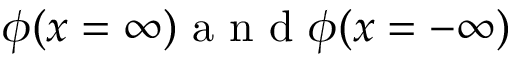
\phi ( x = \infty ) \textrm { a n d } \phi ( x = - \infty )